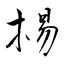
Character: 掦